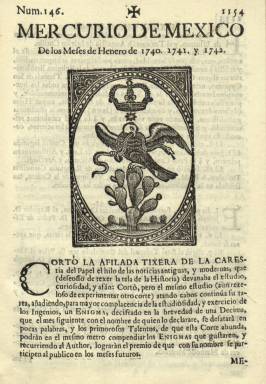
Título: Mercurio de México
Colección: Gacetas
Ámbito geográfico: México
Lugar de publicación: México
Fechas: 01/01/1740-31/12/1740

El fundador y redactor de la Gazeta de México (1728-1739), el presbítero Juan Francisco Sahagún y Arévalo Ladrón de Guevara (-1761), publica este título desde enero a diciembre de 1742, en doce entregas mensuales, pero con contenidos noticiosos que corresponden también al bienio anterior, de tal forma que comienza con la secuencia “de los meses de enero de 1740, 1741 y 1742”, y así sucesivamente. Será impreso por la viuda de José Bernardo de Hogal, fallecido en 1741, con el mismo formato en cuarto y números de ocho páginas, continuando la serie y la foliación continuada de la Gazeta de 1728, es decir, con el cuaderno 146 y la página [par] 1.154. Asimismo colocará un gran grabado en la primera plana de cada entrega, con un escudo parecido al que más tarde será adoptado oficialmente para México.

Al comenzar su primera entrega del Mercurio, el editor expondrá como causa de la desaparición de la Gazeta en 1739 la “carestía del papel” para su tirada, y manteniendo una estructura similar a esta, añadirá ahora a los titulillos de cada ciudad de Nueva España o de otros países de América o de Europa, la indicación del año o fecha a la que corresponde cada noticia, guardando un orden cronológico. La publicación pretende con este “curioso” recurso al que recurre Sahagún, llenar el vacío informativo del bienio precedente en el que no había aparecido ningún periódico en Nueva España, en palabras de Ruiz Castañeda (1970).

El carácter de sus contenidos noticiosos seguirán siendo los mismos que los de la Gazeta precedente: normativa legal de la Corona española y el Virreinato de Nueva España, nombramientos de autoridades civiles, militares y eclesiásticas, culto católico, noticias económicas, culturales, sucesos, etc. Además de la inclusión, al final de cada entrega, de  la sección de Libros, cuadernos y otros impresos nuevos, Sahagún introduce ahora composiciones en verso (décimas, en forma de adivinanzas). Asimismo, sus fuentes informativas del interior seguirán siendo las autoridades civiles o eclesiásticas (como así suplica Sahagún a éstos en la primera entrega de este Mercurio), y para las noticias extranjeras, las gazetas de las ciudades de otros países, especialmente la de Madrid, incluyendo noticias de Filipinas y Asia.

Sahagún, que había sido nombrado oficialmente, en 1733, primer historiador general y cronista mayor de Nueva España, publicará su Mercurio “con licencia de los superiores”.  En la página 1.173 (número 148, de marzo) aparece intercalado el grabado de un cometa observado en las semanas anteriores en la ciudad de México, acompañando la narración de este hecho. La última entrega será la número 157 (diciembre), alcanzando la página [impar] 1.241. La siguiente publicación con el título Gazeta de México comenzará a publicarse en 1784, y forma parte también de la colección de la Biblioteca Nacional de España.

Las referencias bibliográficas para Mercurio de México son las ya señaladas en la descripción de la Gazeta de 1728. Se añade  ahora el capítulo cuarto del trabajo sobre el periodismo mexicano publicado por Agustín Agüeros de la Portilla en 1910.